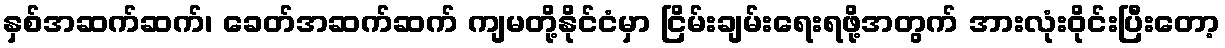
နှစ်အဆက်ဆက်၊ ခေတ်အဆက်ဆက် ကျမတို့နိုင်ငံမှာ ငြိမ်းချမ်းရေးရဖို့အတွက် အားလုံးဝိုင်းပြီးတော့